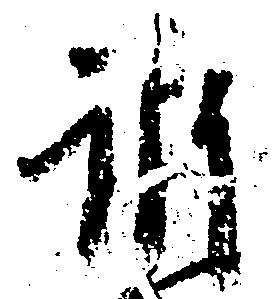
訴